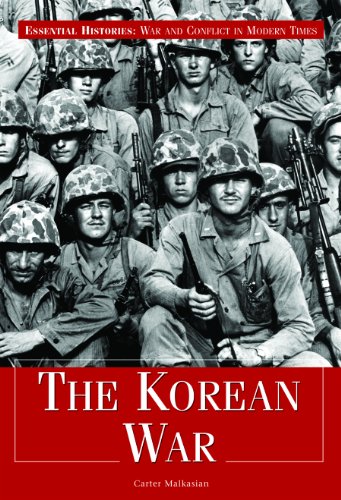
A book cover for The Korean War (Essential Histories; War and Conflict in Modern Times); Carter Malkasian; Children's Books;